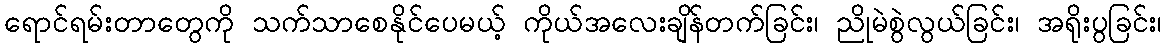
ရောင်ရမ်းတာတွေကို သက်သာစေနိုင်ပေမယ့် ကိုယ်အလေးချိန်တက်ခြင်း၊ ညိုမဲစွဲလွယ်ခြင်း၊ အရိုးပွခြင်း၊